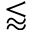
\lessapprox